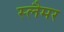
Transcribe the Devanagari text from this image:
स्लैमर